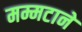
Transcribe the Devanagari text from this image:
मम्मटाने